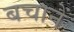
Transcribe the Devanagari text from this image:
बचानें